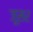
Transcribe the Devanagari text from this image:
जूसर